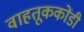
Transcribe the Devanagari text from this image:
वाहतूककोंडी